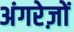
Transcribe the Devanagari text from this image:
अंगरेज़ों